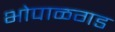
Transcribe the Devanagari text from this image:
भोपाळगड